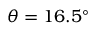
\theta = 1 6 . 5 ^ { \circ }